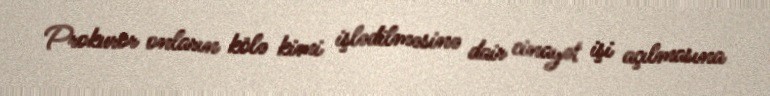
Prokuror onların kölə kimi işlədilməsinə dair cinayət işi açılmasına